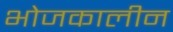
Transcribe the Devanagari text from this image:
भोजकालीन